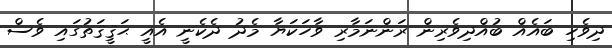
ދިވެހި ބައެއް ބުއްދިވެރިން ރަންނަމާރި ވާހަކަޔާ މެދު ދެކެނީ އެއީ ޙަޤީޤަތުގައި ވެސް